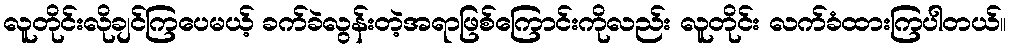
လူတိုင်းလိုချင်ကြပေမယ့် ခက်ခဲလွန်းတဲ့အရာဖြစ်ကြောင်းကိုလည်း လူတိုင်း လက်ခံထားကြပါတယ်။